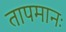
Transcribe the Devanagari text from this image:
तापमानः